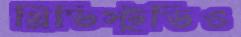
থ্রিডিস্টুডিও